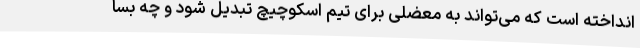
انداخته است که می‌تواند به معضلی برای تیم اسکوچیچ تبدیل شود و چه بسا